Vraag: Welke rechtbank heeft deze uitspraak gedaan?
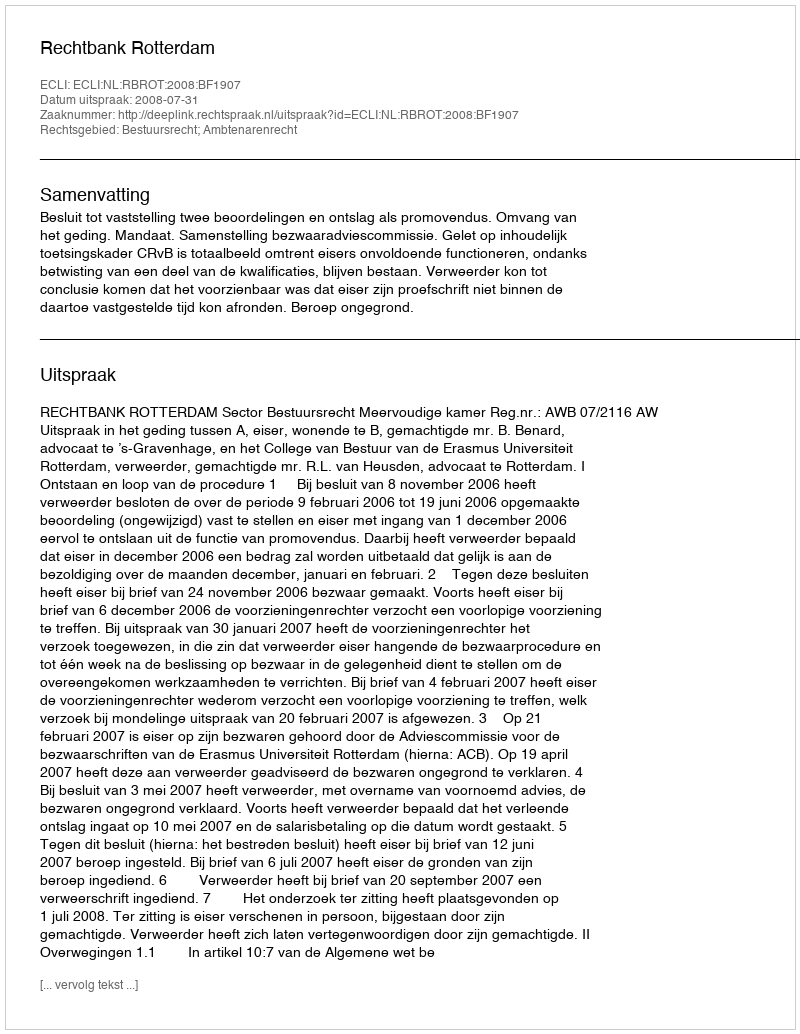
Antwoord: Rechtbank Rotterdam